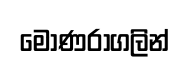
මොණරාගලින්